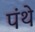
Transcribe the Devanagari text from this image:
पंथे